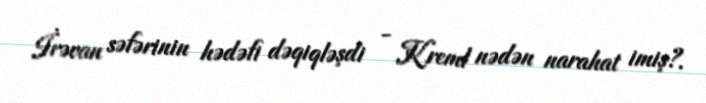
İrəvan səfərinin hədəfi dəqiqləşdi - Kreml nədən narahat imiş?.